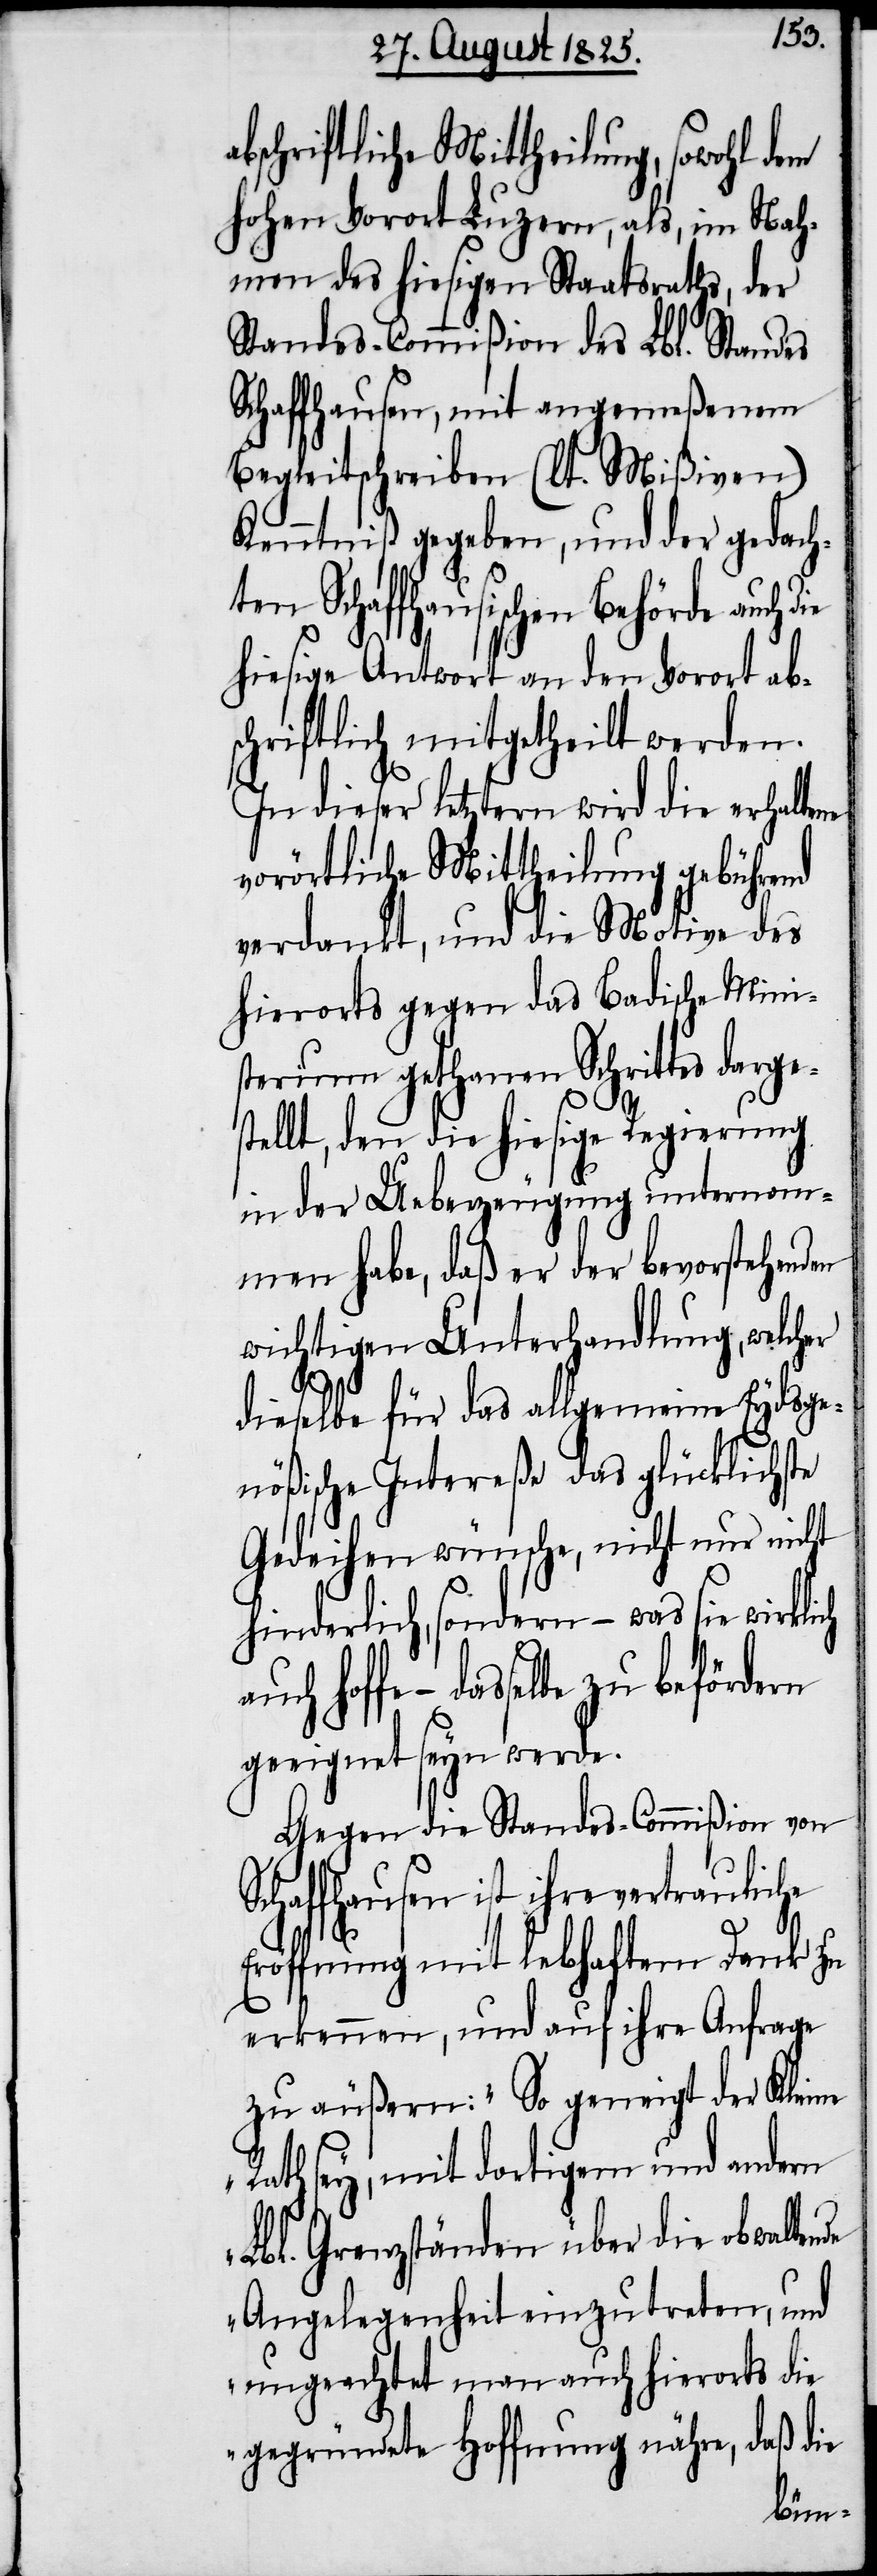
bschriftliche Mittheilung, sowohl
hohen Vorort Luzern, als, im Nah¬
men des hiesigen Staatsraths, der
Standes-Commißion des Lbl. Standes
Schaffhausen, mit angemeßenem
Begleitschreiben (lt. Mißiven)
Kenntniß gegeben, und der gedach¬
ten Schaffhausischen Behörde auch d¬
hiesige Antwort an den Vorort ab¬
schriftlich mitgetheilt werden.
In dieser letztern wird die erhaltene
vorörtliche Mittheilung gebührend
verdankt, und die Motive des
hierorts gegen das Badische Mini¬
sterium gethanen Schrittes darge¬
stellt, den die hiesige Regierung
in der Ueberzeugung unternom¬
men habe, daß er der bevorstehenden
wichtigen Unterhandlung, welcher
nde
dieselbe für das allgemeine Eydsge¬
nößische Intereße das glücklichste
Gedeihen wünsche, nicht nur nicht
hinderlich, sondern – was sie wirklich
hoffe, – dasselbe zu befördern
geeignet seyn werde.
Gegen die Standes-Commißion von
Schaffhausen ist ihre vertrauliche
Eröffnung mit lebhaftem Dank zu
erkennen, und auf ihre Anfrage
zu äußern: „So geneigt der Kleine
Rath sey, mit dortigem und andern
Lbl. Grenzständen über die obwalte¬
Angelegenheit einzutreten, und
ungeachtet man auch hierorts die
gegründete Hoffnung nähre, daß die